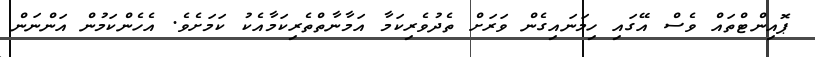
ޕޮއިންޓްތައް ވެސް އޭގައި ހިމަނައިގެން ވަރަށް ތެދުވެރިކަމާ އަމާނާތްތެރިކަމާއެކު ކަމަށެވެ. އެހެންކަމުން އަންނަން